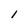
Character: i